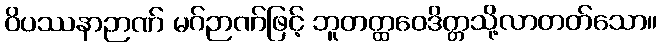
ဝိပဿနာဉာဏ် မဂ်ဉာဏ်ဖြင့် ဘူတတ္ထဝေဒိတ္တသို့လာတတ်သော။